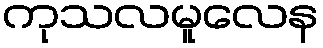
ကုသလမူလေန